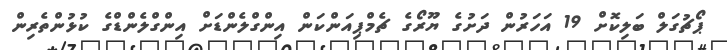
ޕޯޗުގަލް ބަލިކޮށް 19 އަހަރުން ދަށުގެ ޔޫރޯގެ ޗެމްޕިއަންކަން އިންގްލެންޑަށް އިންގްލެންޑްގެ ކުޅުންތެރިން